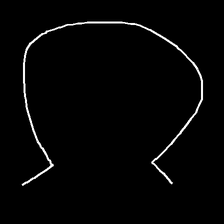
Glyph: weave